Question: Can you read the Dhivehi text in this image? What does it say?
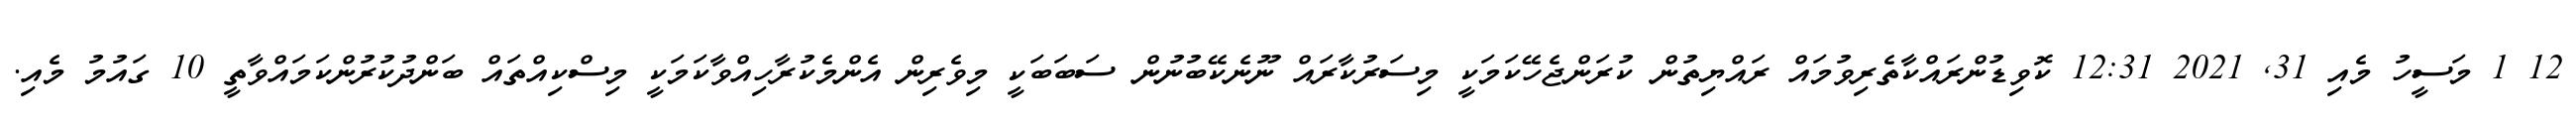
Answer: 12 1 މަސީހު މެއި 31, 2021 12:31 ކޮވިޑުންރައްކާތެރިވުމައް ރައްޔިތުން ކުރަންޖެހޭކަމަކީ މިސަރުކާރައް ނޫނެކޭބުނުން ސަބަބަކީ މިވެރިން އެންމެކުރާހިއްވާކަމަކީ މިސްކިއްތައް ބަންދުކުރުންކަމައްވާތީ 10 ގައުމު މެއި.